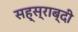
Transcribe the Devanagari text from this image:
सह्स्राब्दी